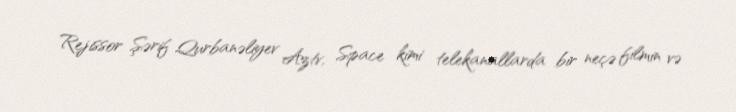
Rejissor Şərif Qurbanəliyev Aztv, Space kimi telekanallarda bir neçə filmin və